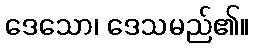
ဒေသော၊ ဒေသမည်၏။